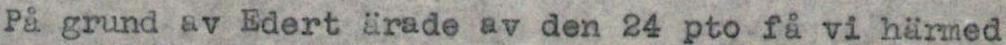
På grund av Edert ärade av den 24 pto få vi härmed